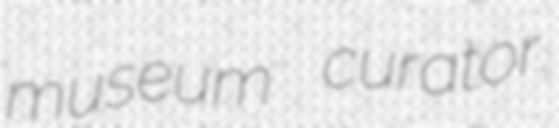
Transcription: museum curator.